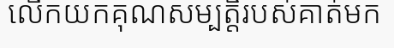
លើកយកគុណសម្បត្តិរបស់គាត់មក